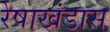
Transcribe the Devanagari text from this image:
रेषाखंडास